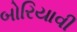
બોરિયાવી